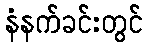
နံနက်ခင်းတွင်